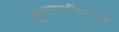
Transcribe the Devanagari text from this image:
सूरसागराशिवाय